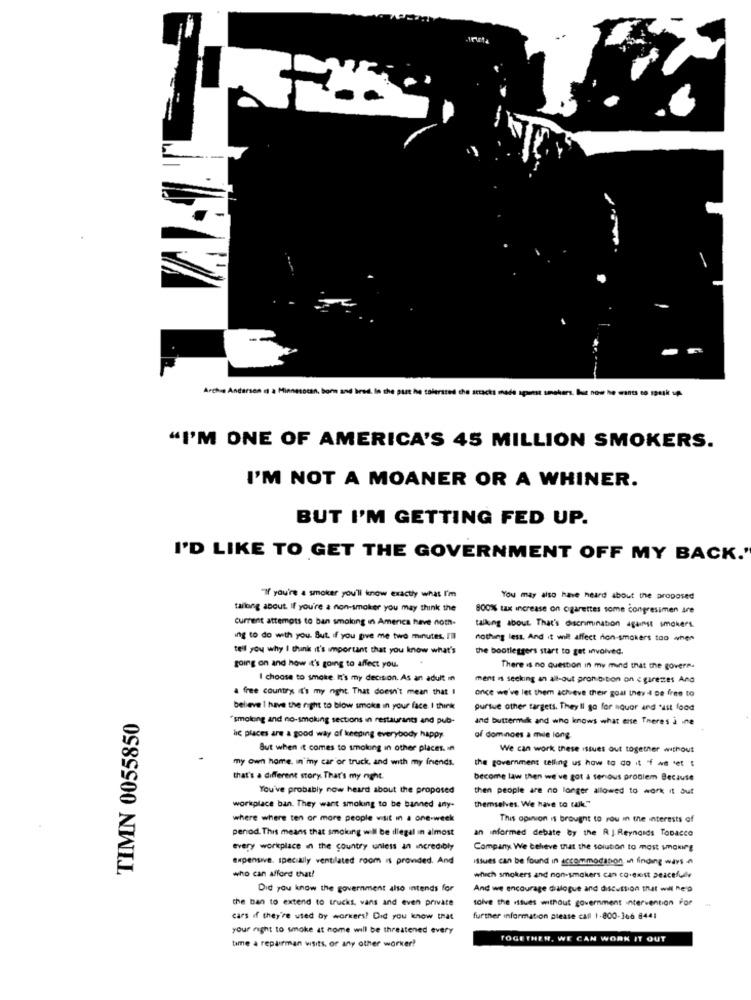
-
Arche Andersen o a Minnesotan. born and bred in the past he tolerated the stracts mede spost smeters. but now he wants to speak up
"I'M ONE OF AMERICA'S 45 MILLION SMOKERS.
I'M NOT A MOANER OR A WHINER.
BUT I'M GETTING FED UP.
I'D LIKE TO GET THE GOVERNMENT OFF MY BACK."
"If you're a smoker you'll know exactly what I'm
You may also have heard about the proposed
tallong about. If you're a non-smoker you may think the
800%% tax increase on ogarettes some congressmen are
current attempts to ban smoking in America have not-
talking about That's discrimination against smokers
ing to do with you. But if you give me two minutes, I'll
nothing less. And it wil affect non-smokers too when
tell you why I think it's important that you know what's
the bootleggers start to get involved.
going on and how it's going to affect you.
There is no question in my mind that the govere.
I choose to smoke It's my decision. As an adult in
ment is seeking an all-out prohibition on e girenes And
a free country it's my right. That doesn't mean that I
once we've let them achieve their goal they 4 De free to
believe I have the right to blow smoke in your face I think
pursue other targets. They'll go for aQuer and 'ist food
TIMN 0055850
"smolong and no-smoking sections in restaurants and pub-
and buttermilk and who knows what ense There's i ine
lic places are a good way of keeping everybody happy
of dominoes a mile long.
But when it comes to smoking in other places. in
We can work these issues out together without
my own home. in my car or truck, and with my friends.
the government telling us how to do it f we tet :
that's a different story. That's my night.
become law then we've got a senous problem Because
You've probably now heard about the proposed
then people are no longer allowed to work it out
workplace ban. They want smoking to be banned any-
themselves. We have to talk."
where where ten or more people visit in a one-week
This opinion is brought to rou in the interests of
penod. This means that smoking will be illegal in almost
an informed debate by the R J. Reynolds Tobacco
every workplace in the country unless an incredibly
Company We believe that the solution to most smoking
expensive. specially ventilated room is provided. And
Issues can be found in accommodanon, in finding ways
who can afford that!
which smokers and non-smokers can co-exist peacefully
Did you know the government also intends for
And we encourage dialogue and discussion that will he'd
the ban to extend to trucks, vans and even private
solve the issues without government intervention For
cars if they're used by workers! Did you know that
further information please call 1-800-366 8441
your right to smoke at nome will be threatened every
TOGETHER, WE CAN WORK IT OUT
time a repairman visits, or any other worker?